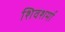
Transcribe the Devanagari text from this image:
शिवशर्मा